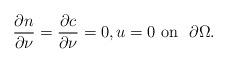
LaTeX: \begin{align*}\frac{\partial n}{\partial \nu}=\frac{\partial c}{\partial\nu}=0,u=0\mbox{ on }\,\,\partial\Omega.\end{align*}